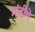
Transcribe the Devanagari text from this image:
मांडीने